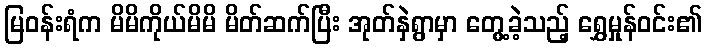
မြဝန်းရံက မိမိကိုယ်မိမိ မိတ်ဆက်ပြီး အုတ်နှဲရွာမှာ တွေ့ခဲ့သည့် ရွှေမှုန်ဝင်း၏